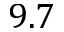
9 . 7